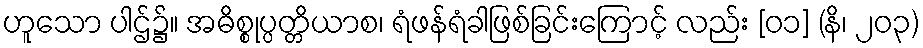
ဟူသော ပါဌ်၌။ အဓိစ္စုပ္ပတ္တိယာစ၊ ရံဖန်ရံခါဖြစ်ခြင်းကြောင့် လည်း [၀၁] (နိ၊ ၂၀၃)